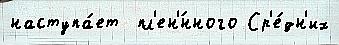
наступа́ет  пл'ен'́нного Ср'е́дн'их